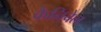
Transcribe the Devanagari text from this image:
कैनिबेल